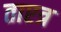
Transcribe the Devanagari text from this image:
ताएत्र